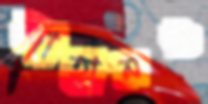
জাহানও